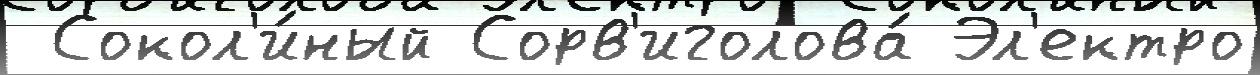
 Сокол'и́ный Сорв'иголова́ Эл'ектро